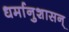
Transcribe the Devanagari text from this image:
धर्मानुशासन्